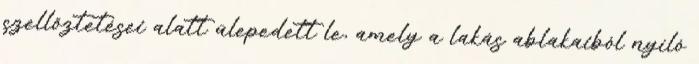
szellőztetései alatt ülepedett le, amely a lakás ablakaiból nyíló